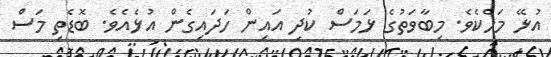
އުޅޭ މަހެކެވެ. މިބާވަތުގެ ޅަމަސް ކުދި އައިން ހަދައިގެން އުޅެއެވެ. ބޮޑެތި މަސް